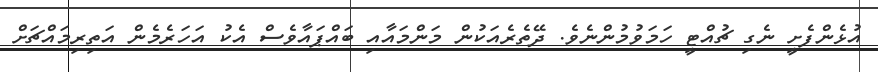
އުޅެންފެށީ ނެގި ޗުއްޓީ ހަމަވުމުންނެވެ. ދޭތެރެއަކުން މަންމައާއި ބައްޕައާވެސް އެކު އަހަރެމެން އަތިރިމައްޗަށް